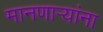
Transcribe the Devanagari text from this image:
मानणाऱ्यांना